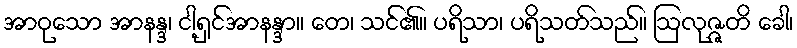
အာဝုသော အာနန္ဒ၊ ငါ့ရှင်အာနန္ဒာ။ တေ၊ သင်၏။ ပရိသာ၊ ပရိသတ်သည်။ ဩလုဇ္ဇတိ ခေါ၊